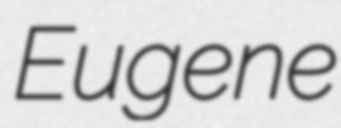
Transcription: Eugene